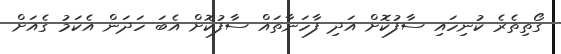
ގޯތިތެރެ ކުނިހައި ސާފުކޮށް އަދި ފާހަނާތައް ސާފުކޮށް އެބަ ހަދަން އެކަމު ގެއަށް